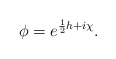
\begin{align*}\phi =e^{\frac{1}{2}h+i\chi}.\end{align*}